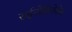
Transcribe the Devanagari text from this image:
राईनोसिरोसेस